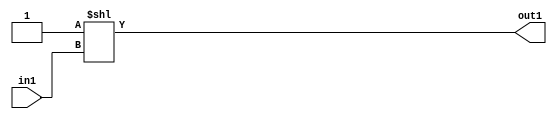
`timescale 1ps / 1ps
/*****************************************************************************
    Verilog RTL Description
    
    
    Created by: Stratus DpOpt 2019.1.01 
*******************************************************************************/

module DC_Filter_DECODE_1024U_303_4 (
	in1,
	out1
	); /* architecture "behavioural" */ 
input [9:0] in1;
output [1023:0] out1;
wire [1023:0] asc001;

assign asc001 = 1024'B0000000000000000000000000000000000000000000000000000000000000000000000000000000000000000000000000000000000000000000000000000000000000000000000000000000000000000000000000000000000000000000000000000000000000000000000000000000000000000000000000000000000000000000000000000000000000000000000000000000000000000000000000000000000000000000000000000000000000000000000000000000000000000000000000000000000000000000000000000000000000000000000000000000000000000000000000000000000000000000000000000000000000000000000000000000000000000000000000000000000000000000000000000000000000000000000000000000000000000000000000000000000000000000000000000000000000000000000000000000000000000000000000000000000000000000000000000000000000000000000000000000000000000000000000000000000000000000000000000000000000000000000000000000000000000000000000000000000000000000000000000000000000000000000000000000000000000000000000000000000000000000000000000000000000000000000000000000000000000000000000000000000000000000000000000000000000000000000000000000000000001
    << in1;

assign out1 = asc001;
endmodule

/* CADENCE  urTxTwHd : u9/ySgnWtBlWxVPRXgAZ4Og= ** DO NOT EDIT THIS LINE ******/